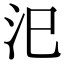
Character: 汜